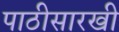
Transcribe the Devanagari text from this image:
पाठीसारखी